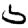
Digit: 5